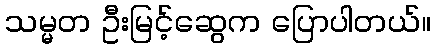
သမ္မတ ဦးမြင့်ဆွေက ပြောပါတယ်။